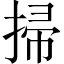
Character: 掃